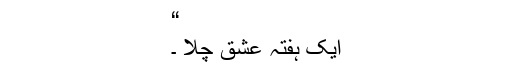
“
ایک ہفتہ عشق چلا ۔